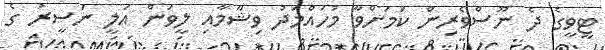
ޓީވީގެ ދެ ނޫސްވެރިން ކަމަށްވާ މުހައްމަދު ވިޝާމާއި ލީވަން އަލީ ނަސީރު ގެ